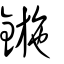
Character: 鍦